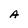
Character: A